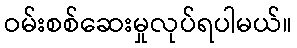
ဝမ်းစစ်ဆေးမှုလုပ်ရပါမယ်။